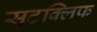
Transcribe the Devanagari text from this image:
सूटक्लिफ